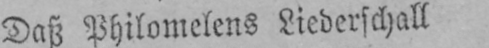
Daß Philomelens Liederschall